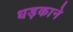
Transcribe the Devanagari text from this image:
धड़काने